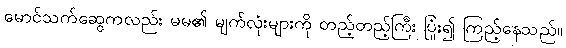
မောင်သက်ဆွေကလည်း မမ၏ မျက်လုံးများကို တည့်တည့်ကြီး ပြုံး၍ ကြည့်နေသည်။